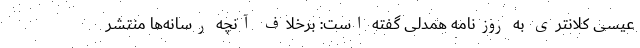
عیسی کلانتری به روزنامه همدلی گفته است: برخلاف آنچه رسانه‌ها منتشر